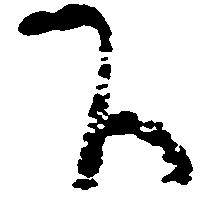
下